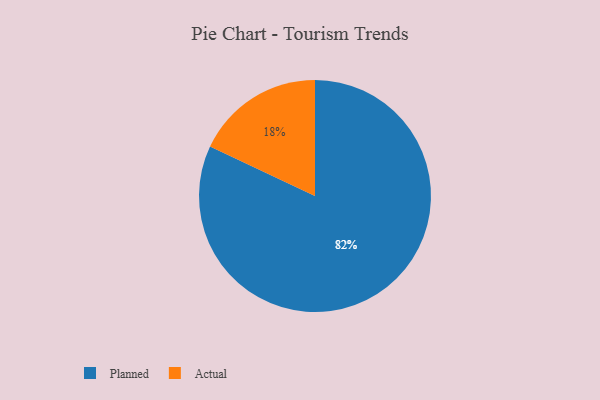
{"axis": {"x": "Category", "y": "Percentage"}, "legend": ["Actual", "Planned"], "data": [{"x": "Actual", "y": 18, "type": "Actual"}, {"x": "Planned", "y": 82, "type": "Planned"}]}